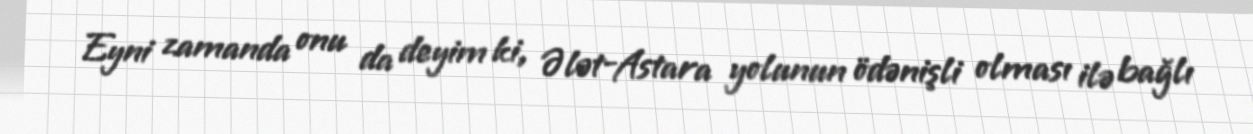
Eyni zamanda onu da deyim ki, Ələt-Astara yolunun ödənişli olması ilə bağlı